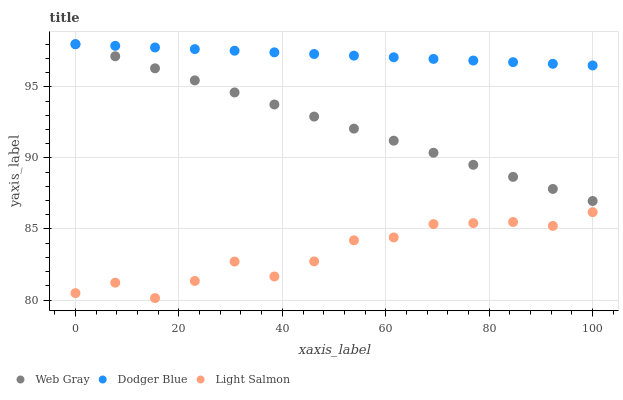
| xaxis_label | Web Gray | Dodger Blue | Light Salmon |
 | --- | --- | --- | --- |
 | 0 | 98 | 98 | 80.5 |
 | 7.69 | 97.2 | 97.9 | 81.2 |
 | 15.4 | 96.3 | 97.8 | 80.1 |
 | 23.1 | 95.5 | 97.7 | 81.3 |
 | 30.8 | 94.6 | 97.5 | 82.7 |
 | 38.5 | 93.8 | 97.4 | 81.7 |
 | 46.2 | 92.9 | 97.3 | 82.7 |
 | 53.8 | 92.1 | 97.2 | 84.2 |
 | 61.5 | 91.2 | 97.1 | 84.4 |
 | 69.2 | 90.4 | 97 | 85.3 |
 | 76.9 | 89.5 | 96.9 | 85.4 |
 | 84.6 | 88.7 | 96.7 | 85.5 |
 | 92.3 | 87.8 | 96.6 | 85.2 |
 | 100 | 87 | 96.5 | 86.2 |